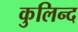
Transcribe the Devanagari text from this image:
कुलिन्द